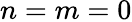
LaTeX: n=m=0